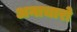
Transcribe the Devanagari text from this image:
अनाचारो